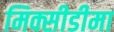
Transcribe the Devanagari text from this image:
मिक्सीडीमा